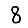
Digit: 8